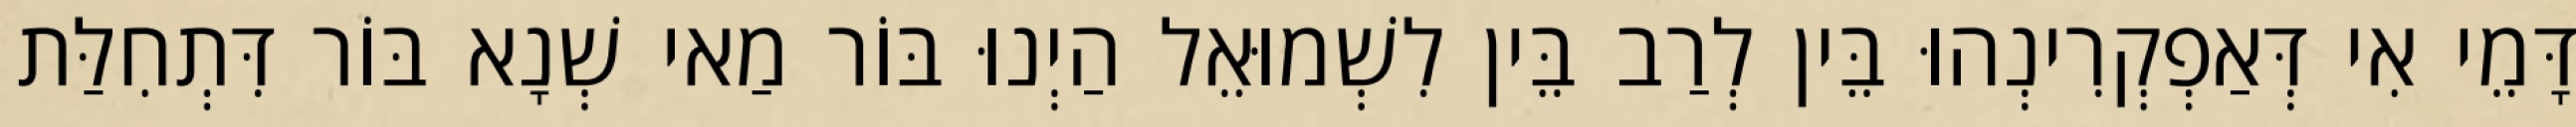
דָּמֵי אִי דְּאַפְקְרִינְהוּ בֵּין לְרַב בֵּין לִשְׁמוּאֵל הַיְנוּ בּוֹר מַאי שְׁנָא בּוֹר דִּתְחִלַּת